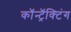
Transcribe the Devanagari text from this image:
कॉन्ट्रॅक्टिंग